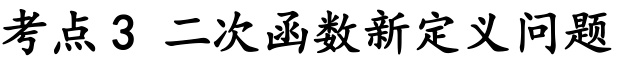
考点3 二次函数新定义问题